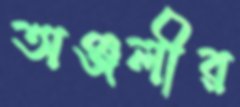
অঞ্জলীর